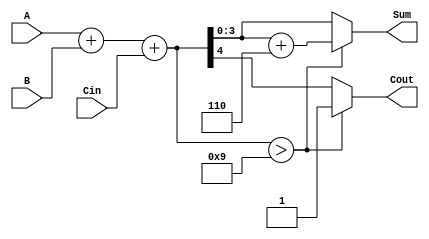
module BCD_Asynchronous_Adder (
    input  [3:0] A,      // First BCD digit
    input  [3:0] B,      // Second BCD digit
    input        Cin,     // Carry input
    output reg [3:0] Sum, // BCD sum output
    output reg Cout       // Carry output
);

// Intermediate signal for binary sum
wire [4:0] binary_sum;

// BCD correction signal
wire correction;

// Binary addition of A, B and Cin
assign binary_sum = A + B + Cin;

// Determine if correction is needed (sum > 9 or carry-out exists)
assign correction = (binary_sum > 9);

// Compute the sum and carry-out
always @(*) begin
    if (correction) begin
        Sum = binary_sum + 5'b00110; // Add '6' to correct it
        Cout = 1;                    // Set carry-out
    end else begin
        Sum = binary_sum[3:0];       // Valid BCD result
        Cout = binary_sum[4];        // Set carry-out based on the binary sum
    end
end

endmodule